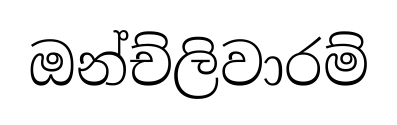
ඔන්ච්ලිවාරම්